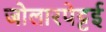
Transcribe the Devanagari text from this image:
जोलारपेट्टई